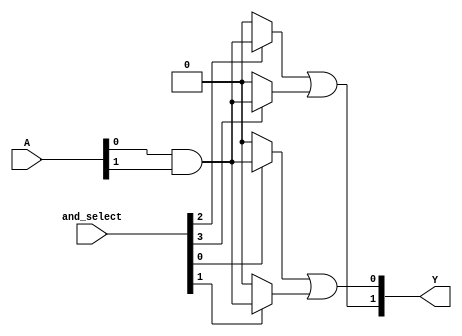
module SPAL #(
    parameter NUM_INPUTS = 4,    // Number of inputs (A1, A2, A3, A4)
    parameter NUM_PRODUCT_TERMS = 4, // Number of product terms in AND array
    parameter NUM_OUTPUTS = 2     // Number of outputs (Y1, Y2)
)(
    input  wire [NUM_INPUTS-1:0] A, // Input vector
    input  wire [NUM_PRODUCT_TERMS-1:0] and_select, // Control signals for AND array
    output wire [NUM_OUTPUTS-1:0] Y  // Output vector
);

    // Declare the programmable AND array
    wire [NUM_PRODUCT_TERMS-1:0] product_terms [NUM_INPUTS-1:0];

    // Generate the AND terms based on the inputs and control signals
    genvar i, j;
    generate
        for (i = 0; i < NUM_PRODUCT_TERMS; i = i + 1) begin : and_terms
            assign product_terms[i] = (and_select[i]) ? (A[0] & A[1]) : 1'b0; // Example AND term configuration
            // More configurations can be added here based on programming
        end
    endgenerate

    // Fixed OR array to combine the product terms
    assign Y[0] = product_terms[0] | product_terms[1]; // Output Y1
    assign Y[1] = product_terms[2] | product_terms[3]; // Output Y2

endmodule